Civil Veterinary Dept. North-West Frontier Province 1923-32 - 1923-1932
Year: 1923
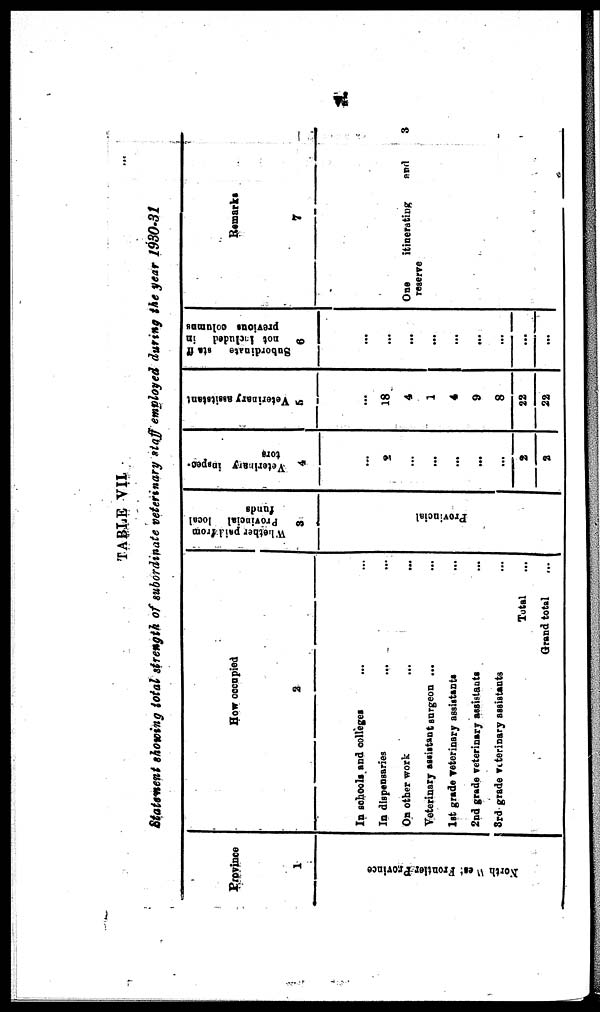
vi
TABLE VII
Statement showing total strength of subordinate veterinary staff employed during the year 1930-31
Province
1
North-West
Frontier Province
How occupied
2
In schools and colleges ... ...
In dispensaries
... ...
On other work ... ...
Veterinary assistant surgeon ... ...
1st grade Veterinary assistants ...
2nd grade veterinary assistants ...
3rd grade veterinary assistants ... ...
Total ...
Grand total ...
Whether paid from
Provincial
local
funds
3
Pr ovi nci al
Veterinary inspec-
tors
4
9
...
...
...
...
...
2
2
Veterinary assitstant
5
18
4
1
4
9
8
22
22
Subordinate
staff
not included
in
previous columns
6
...
...
...
...
...
...
...
...
Remarks
7
One
itinerating
and
3
reserve